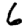
Digit: 6